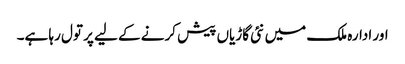
اور ادارہ ملک میں نئی گاڑیاں پیش کرنے کے لیے پر تول رہا ہے۔